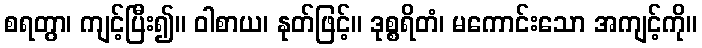
စရတွာ၊ ကျင့်ပြီး၍။ ဝါစာယ၊ နုတ်ဖြင့်။ ဒုစ္စရိတံ၊ မကောင်းသော အကျင့်ကို။